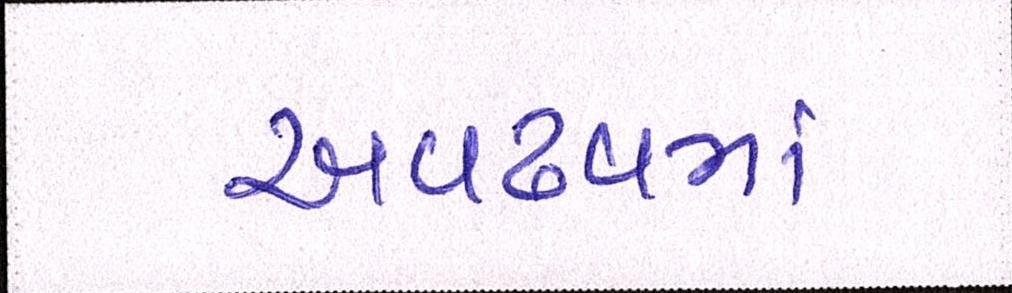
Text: અવઢવમાં